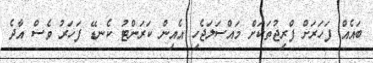
ބައެއް ފަހަރަށް ފްރިޖުތަކަށް މައްސަލަޖެހި އެއިން ކަރަންޓު ކެނޑޭ ފަހަރު ވެސް އާދެ